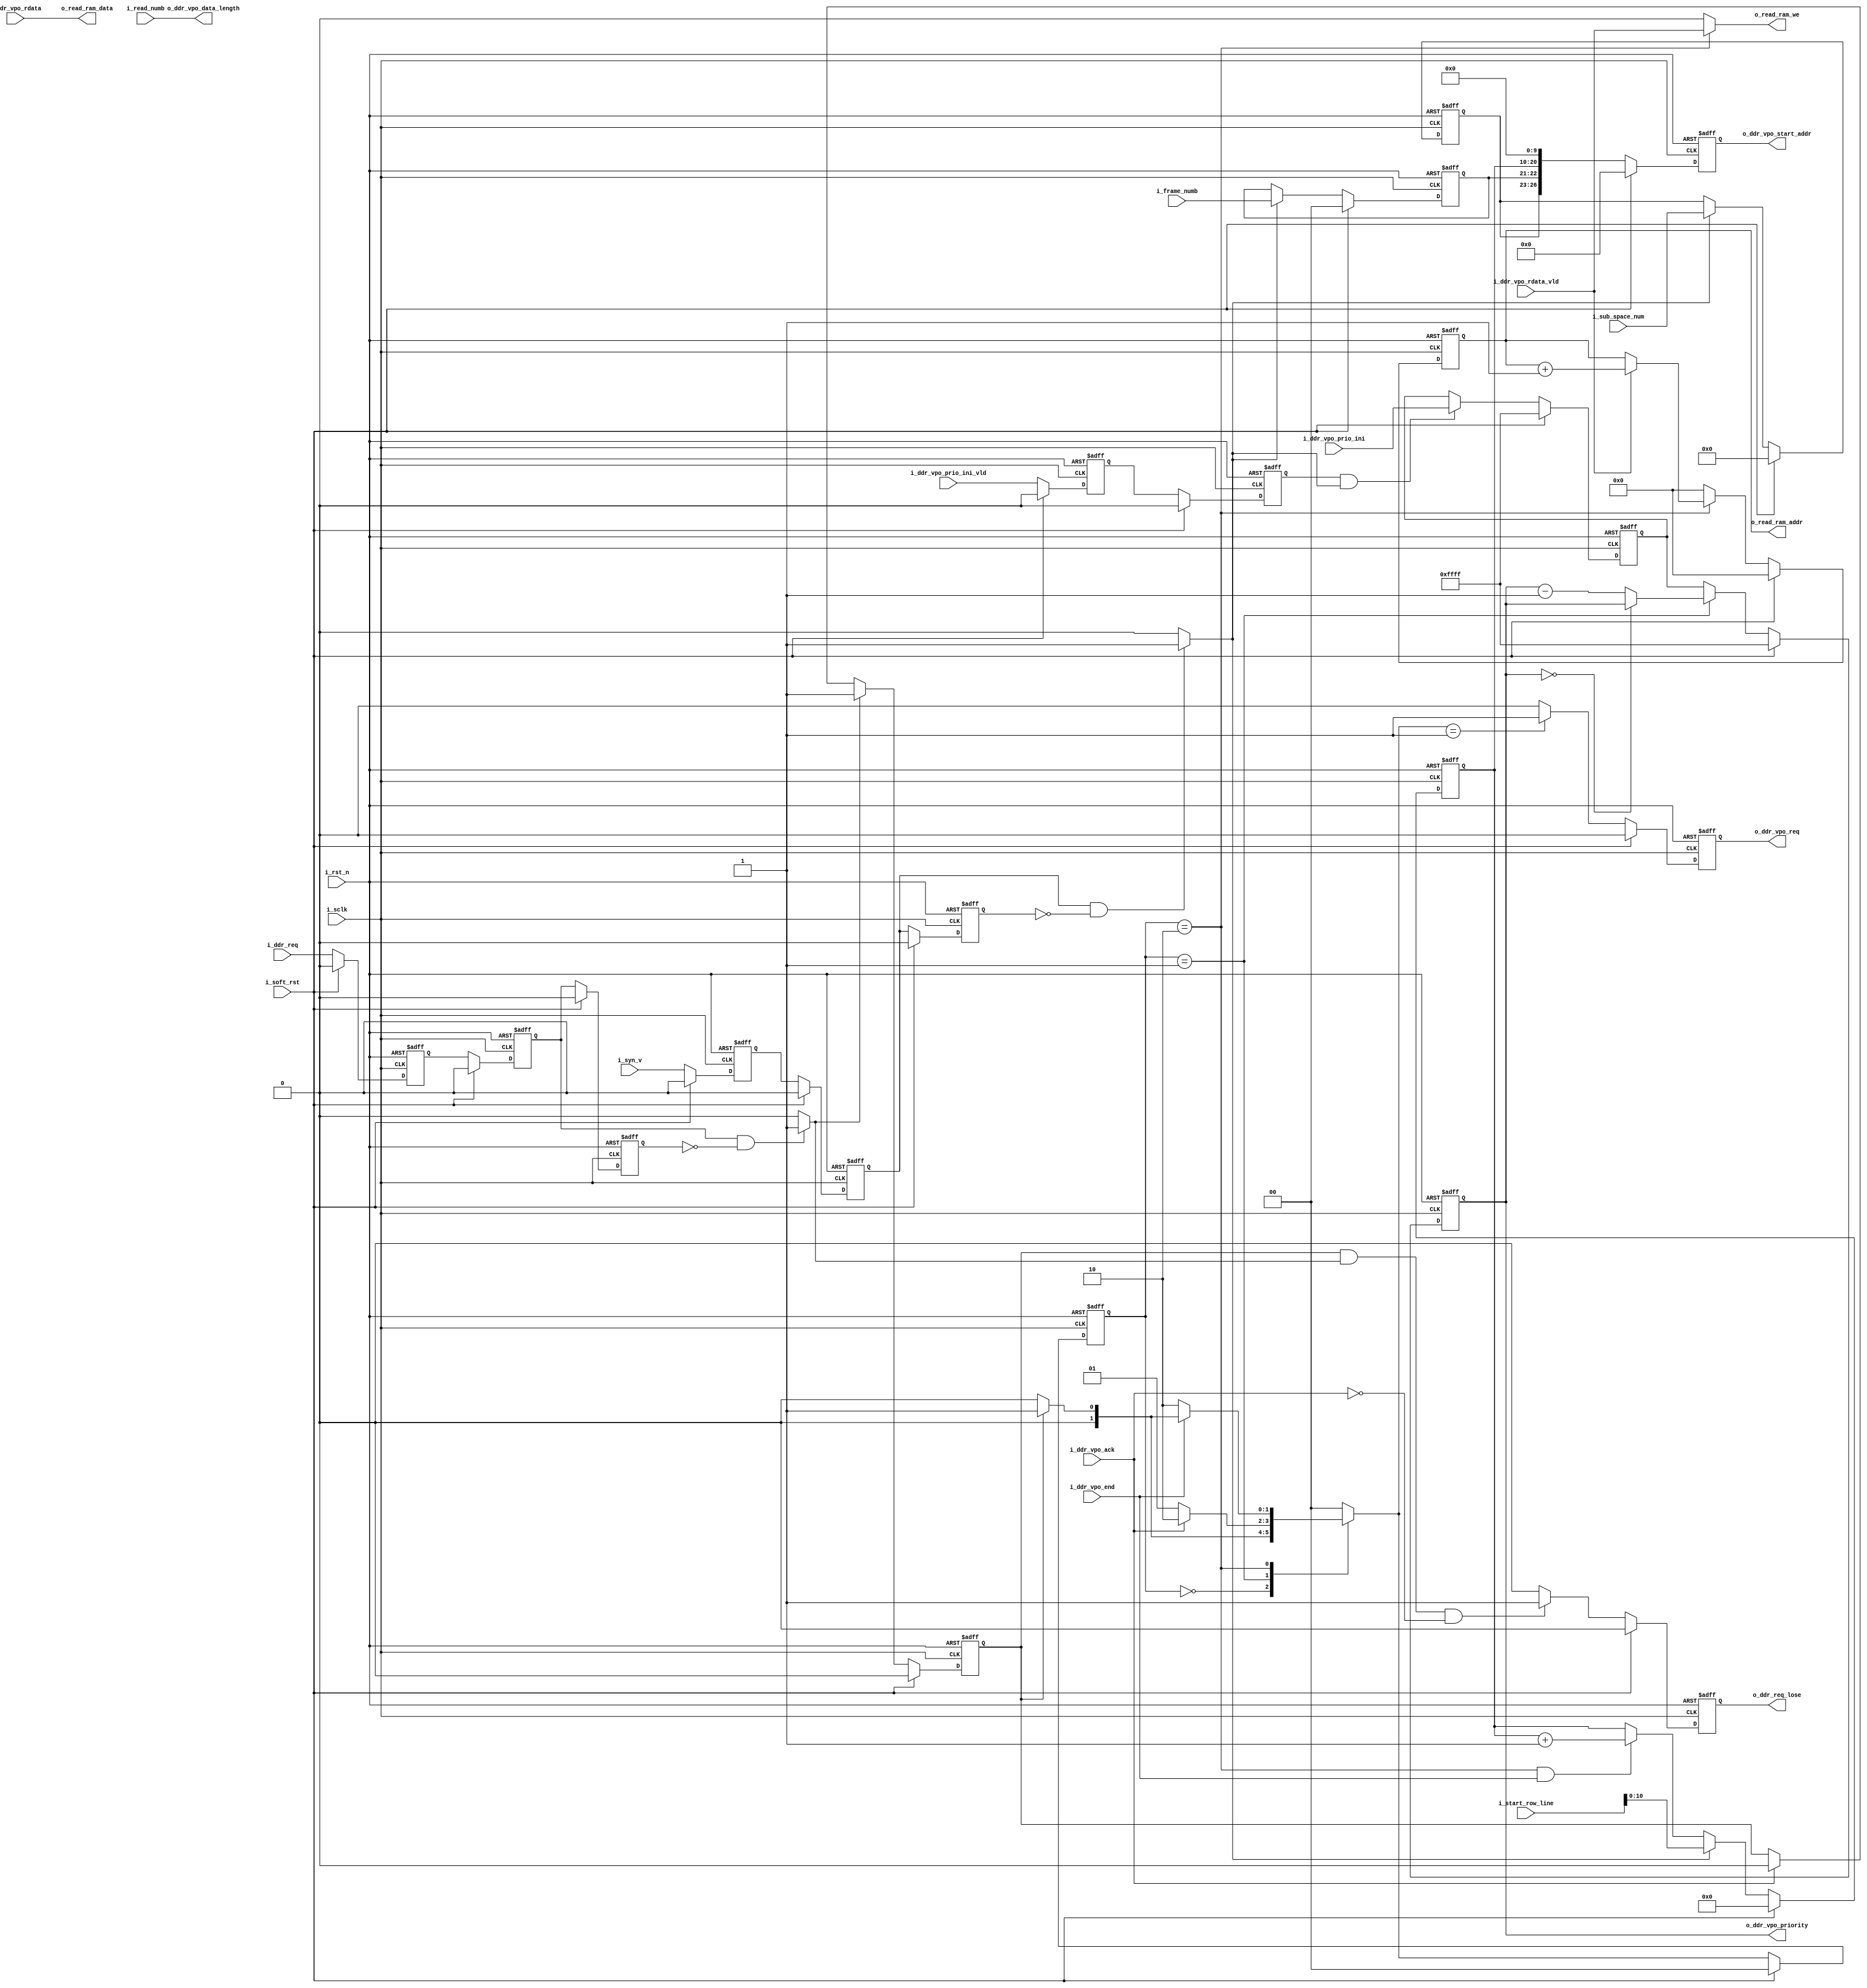
//=========================== KEDACOM Corporation======================
//      Information contained in this Confidential and Proprietary work has
//      been obtained by KEDACOM Corporation. This Design may be used only as
//      authorized by a Licensing Agreement from KEDACOM Corporation.
//===================================================================
//          KEDACOM
//Address:  No131 Jinshan Rd. New District,  Suzhou City,  Jiangsu Province, China
//Zip code: 215011
//Tel:      0512-68418188
//Fax:      0512-68412699 
//==============================================================
//      Description
//===============================================================
//      Version            date               author       
//      
//
//      Revision History
//         
//          
//==================================================================
// synopsys translate_off
`timescale 1ns/1ps
// synopsys translate_on
// `define SIMULATION

module  ddr_read_control (  
    input   wire            i_rst_n                 ,
    input   wire            i_sclk                  ,
    input   wire            i_soft_rst              ,
    
    input   wire    [3:0]   i_sub_space_num         ,  // [26:23]: channel, [22:21]: fram, [20:10]row,       [9:0]col,
    input   wire    [11:0]  i_read_numb             ,  // the max number is 1024
    input   wire            i_ddr_vpo_prio_ini_vld  ,
    input   wire    [15:0]  i_ddr_vpo_prio_ini      ,
    
    input   wire            i_syn_v                 ,  // must have a width of several sclk
    input   wire            i_ddr_req               ,  // 3 pixel clock width;
    input   wire    [11:0]  i_start_row_line        ,
    ////////////////double-ports ram interface/////////
    output  wire    [7:0]   o_read_ram_addr         ,
    output  wire            o_read_ram_we           ,
    output  wire    [127:0] o_read_ram_data         ,
    ////////////////ddr arbit interface/////////////
    output  reg             o_ddr_vpo_req           ,
    input   wire            i_ddr_vpo_ack           ,
    output  reg     [26:0]  o_ddr_vpo_start_addr    ,
    output  wire    [11:0]  o_ddr_vpo_data_length   ,
    output  wire    [15:0]  o_ddr_vpo_priority      ,
    input   wire            i_ddr_vpo_rdata_vld     ,
    input   wire    [127:0] i_ddr_vpo_rdata         ,
    input   wire            i_ddr_vpo_end           ,
    /////////////////////////////////////////////////
    input   wire    [1:0]   i_frame_numb            ,
    output  reg             o_ddr_req_lose
);
//***************************************************************************************************************************************
localparam  IDLE        = 2'd0;
localparam  WAITE_ACK   = 2'd1;
localparam  SEND_DATA   = 2'd2;
///////////////////////////////////////////////
reg[1:0]    state,  next_state;
reg[7:0]    col_cnt;
reg[10:0]   row_cnt;
reg[1:0]    frame_cnt;

reg         ddr_req;
wire        last_data;


reg[15:0]   ddr_priority;
reg[15:0]   ddr_priority_ts;
reg         ddr_vpo_priority_vld_d1;
reg         ddr_vpo_priority_vld_d2;
assign      o_ddr_vpo_priority = ddr_priority;
//*****************************************************************************************   
reg         syn_v_d1,   syn_v_d2,   syn_v_d3;
reg         ddr_req_d1, ddr_req_d2, ddr_req_d3;
always@(negedge i_rst_n or posedge i_sclk)
begin
    if (i_rst_n==1'b0)
    begin
        syn_v_d1<=1'b0;
        syn_v_d2<=1'b0;
        syn_v_d3<=1'b0;
        
        ddr_req_d1<=1'b0;
        ddr_req_d2<=1'b0;
        ddr_req_d3<=1'b0;
    end 
    else
    begin
        if (i_soft_rst==1'b1)
        begin
            syn_v_d1<=1'b0;
            syn_v_d2<=1'b0;
            syn_v_d3<=1'b0;
            
            ddr_req_d1<=1'b0;
            ddr_req_d2<=1'b0;
            ddr_req_d3<=1'b0;
        end
        else
        begin
            syn_v_d1<=i_syn_v;
            syn_v_d2<=syn_v_d1;
            syn_v_d3<=syn_v_d2;
            
            ddr_req_d1<=i_ddr_req;
            ddr_req_d2<=ddr_req_d1;
            ddr_req_d3<=ddr_req_d2; 
        end 
    end
end
wire    pos_vs      = (syn_v_d2   == 1'b1 && syn_v_d3   == 1'b0) ? 1'b1 : 1'b0;
wire    neg_vs      = (syn_v_d2   == 1'b0 && syn_v_d3   == 1'b1) ? 1'b1 : 1'b0;
wire    pos_ddr_req = (ddr_req_d2 == 1'b1 && ddr_req_d3 == 1'b0) ? 1'b1 : 1'b0;
/////////////////////////////////////////////////////////////
always@(negedge i_rst_n or posedge i_sclk)
begin
    if (i_rst_n==1'b0)
    begin
        ddr_req<=1'b0;
    end 
    else
    begin
        if (i_soft_rst==1'b1)
        begin
            ddr_req<=1'b0;
        end
        else
        begin
//            if (pos_ddr_req==1'b1 || neg_vs == 1'b1)
            if (pos_ddr_req==1'b1)
            begin
                ddr_req<=1'b1;
            end 
            else if (i_ddr_vpo_ack==1'b1)
            begin
                ddr_req<=1'b0;
            end
        end
    end
end
//**************************************************************************************
always@(negedge i_rst_n or posedge i_sclk)
begin
    if (i_rst_n==1'b0)
    begin
        o_ddr_req_lose<=1'b0;
    end
    else
    begin
        if (i_soft_rst==1'b1)
        begin
            o_ddr_req_lose<=1'b0;
        end
        else
        begin
            if (ddr_req==1'b1 && pos_ddr_req==1'b1 && i_ddr_vpo_ack==1'b0)
            begin
                o_ddr_req_lose<=1'b1;
            end
            else
            begin
                o_ddr_req_lose<=1'b0; 
            end
        end
    end
end
//**********************************************************************************************
always@(negedge i_rst_n or posedge i_sclk)
begin
    if (i_rst_n==1'b0)
    begin
        state[1:0]<=IDLE;
    end 
    else
    begin
        if (i_soft_rst==1'b1)
        begin
            state[1:0]<=IDLE; 
        end 
        else
        begin
            state[1:0]<=next_state[1:0]; 
        end
    end
end
//////////////////////////////////////////////////////
always@*
begin
    case(state[1:0])
        IDLE:       begin
                        if (ddr_req==1'b1)
                        begin
                            next_state[1:0] = WAITE_ACK;
                        end
                        else
                        begin
                            next_state[1:0] = IDLE;
                        end
                    end
        WAITE_ACK:  begin
                        if (i_ddr_vpo_ack==1'b1)
                        begin
                            next_state[1:0] = SEND_DATA;
                        end
                        else
                        begin
                            next_state[1:0] = WAITE_ACK;
                        end
                    end
        SEND_DATA:  begin
//                        if (last_data==1'b1)
                        if (i_ddr_vpo_end==1'b1)
                        begin
                            if (ddr_req==1'b1)
                            begin
                                next_state[1:0] = WAITE_ACK;
                            end
                            else
                            begin
                                next_state[1:0] = IDLE;
                            end
                        end
                        else
                        begin
                            next_state[1:0] = SEND_DATA;
                        end
                    end      
        default:    begin
                        next_state[1:0] = IDLE;
                    end                                    
    endcase 
end

always @ (posedge i_sclk or negedge i_rst_n)
begin
    if (i_rst_n == 1'b0) begin
        ddr_vpo_priority_vld_d1 <=  1'b0;
        ddr_vpo_priority_vld_d2 <=  1'b0;
    end
    else begin
        if (i_soft_rst == 1'b1) begin
            ddr_vpo_priority_vld_d1 <=  1'b0;
            ddr_vpo_priority_vld_d2 <=  1'b0;
        end
        else begin
            ddr_vpo_priority_vld_d1 <=  i_ddr_vpo_prio_ini_vld;
            ddr_vpo_priority_vld_d2 <=  ddr_vpo_priority_vld_d1;
        end
    end
end

always@(posedge i_sclk or negedge i_rst_n)
begin
    if (i_rst_n == 1'b0) begin
        ddr_priority_ts[15:0]    <=  16'hFFFF  ;
    end
    else begin
        if (i_soft_rst == 1'b1) begin
            ddr_priority_ts[15:0]    <=  16'hFFFF  ;
        end
        else begin
            if (ddr_vpo_priority_vld_d2 == 1'b1 && pos_vs == 1'b1) begin
                ddr_priority_ts[15:0]  <= i_ddr_vpo_prio_ini[15:0]  ;
            end
        end
    end
end

always @ (posedge i_sclk or negedge i_rst_n)
begin
    if (i_rst_n == 1'b0) begin
        ddr_priority[15:0]    <=  16'hFFFF  ;
    end
    else begin
        if (i_soft_rst == 1'b1) begin
            ddr_priority[15:0]    <=  16'hFFFF  ;
        end
        else begin
            if (state[1:0] == WAITE_ACK) begin
                if (ddr_priority[15:0] == 16'd0) begin
                    ddr_priority[15:0] <= ddr_priority[15:0];
                end
                else begin
                    ddr_priority[15:0] <=  ddr_priority[15:0] - 1'b1  ;
                end
            end
            else begin
                ddr_priority[15:0]    <=  ddr_priority_ts[15:0]  ;
            end
        end
    end
end
//*************************************************************************************************
always@(negedge i_rst_n or posedge i_sclk)
begin
    if (i_rst_n==1'b0)
    begin
        col_cnt[7:0]<=8'd0; 
    end    
    else
    begin
        if (i_soft_rst==1'b1)
        begin
            col_cnt[7:0]<=8'd0; 
        end 
        else
        begin
            if (state[1:0]==SEND_DATA)
            begin
                if (i_ddr_vpo_rdata_vld==1'b1)
                begin
                    col_cnt[7:0]<=col_cnt[7:0] + 1'b1;
                end 
            end
            else
            begin
                col_cnt[7:0]<=8'd0;
            end
        end
    end
end
/////////////////////////////////////////////////////////////////////
//assign last_data = (col_cnt[7:0]==i_read_numb[11:3])? 1'b1 : 1'b0;          // 128/16=8
////////////////////////////////////////////////////////////////////////////////////////////////////
always@(negedge i_rst_n or posedge i_sclk)
begin
    if (i_rst_n==1'b0)
    begin
        row_cnt[10:0]<=11'd0;
    end 
    else
    begin
        if (i_soft_rst==1'b1)
        begin
            row_cnt[10:0]<=11'd0;
        end  
        else
        begin
//            if (syn_v_d2==1'b1)
            if (pos_vs==1'b1)
            begin
                row_cnt[10:0]<=i_start_row_line[10:0];
            end 
            else
            begin
//                if (state[1:0]==SEND_DATA && last_data==1'b1)
                if (state[1:0]==SEND_DATA && i_ddr_vpo_end==1'b1)
                begin
                    row_cnt[10:0]<= row_cnt[10:0] + 1'b1; 
                end 
            end
        end
    end
end
///////////////////////////////////////////////////////////////////////////////
always@(negedge i_rst_n or posedge i_sclk)
begin
    if (i_rst_n==1'b0)
    begin
        frame_cnt[1:0]<=2'd0; 
    end 
    else
    begin
        if (i_soft_rst==1'b1)
        begin
            frame_cnt[1:0]<=2'd0; 
        end
        else
        begin
            if (pos_vs==1'b1)
            begin
`ifdef SIMULATION 
                frame_cnt[1:0]<=i_frame_numb[1:0] + 1'b1; // just for simulation   tbai  20140109 
`else            
                frame_cnt[1:0]<=i_frame_numb[1:0];
`endif               
            end 
        end
    end
end
//********************************************************************************************
// assign o_read_ram_addr[8:0] = {col_cnt[7:5],row_cnt[0],col_cnt[4:0]};
assign o_read_ram_addr[7:0] =  col_cnt[7:0];  // --gzd@20161122
assign o_read_ram_we        = (state[1:0]==SEND_DATA)? i_ddr_vpo_rdata_vld : 1'b0;
//***********************************************************************************************
always@(negedge i_rst_n or posedge i_sclk)
begin
    if (i_rst_n==1'b0)
    begin
        o_ddr_vpo_req<=1'b0;
    end 
    else
    begin
        if (i_soft_rst==1'b1)
        begin
            o_ddr_vpo_req<=1'b0; 
        end 
        else
        begin
            if (next_state[1:0]==WAITE_ACK)
            begin
                o_ddr_vpo_req<=1'b1;
            end
            else
            begin
                o_ddr_vpo_req<=1'b0;
            end
        end
    end
end
///////////////////////////////////////////////////////////////////////
reg     [3:0]   sub_space_num;
always @ (posedge i_sclk or negedge i_rst_n)
begin
    if (i_rst_n == 1'b0) begin
        sub_space_num  <=  3'd0;
    end
    else begin
        if (i_soft_rst == 1'b1) begin
            sub_space_num  <=  3'd0;
        end
        else begin
            if (pos_vs == 1'b1) begin
                sub_space_num  <=  i_sub_space_num;
            end
        end
    end
end

always@(negedge i_rst_n or posedge i_sclk)
begin
    if (i_rst_n==1'b0)
    begin
        o_ddr_vpo_start_addr[26:0]<=27'd0;
    end 
    else
    begin
        if (i_soft_rst==1'b1)
        begin
            o_ddr_vpo_start_addr[26:0]<=27'd0;
        end
        else
        begin
            // o_ddr_vpo_start_addr[26:0]<={i_sub_space_num[3:0],frame_cnt[1:0],row_cnt[10:0],10'd0};
            o_ddr_vpo_start_addr[26:0]<={sub_space_num[3:0],frame_cnt[1:0],row_cnt[10:0],10'd0};
        end 
    end
end
///////////////////////////////////////////////////////////////////////////////
assign o_ddr_vpo_data_length[11:0] = i_read_numb[11:0];  

//assign o_ddr_vpo_data_length[11:0] = 13'd2048;  //test by wangwei 0315
assign o_read_ram_data[127:0]      = i_ddr_vpo_rdata[127:0];
//*******************************************************************************************************************
//always@(negedge i_rst_n or posedge i_sclk)
//begin
//    if (i_rst_n==1'b0)
//    begin
//        o_ddr_vpo_end<=1'b0;
//    end
//    else
//    begin
//        if (i_soft_rst==1'b1)
//        begin
//            o_ddr_vpo_end<=1'b0; 
//        end 
//        else
//        begin
//            o_ddr_vpo_end<=last_data;
//        end
//    end
//end
//**********************************************************************************************************
endmodule